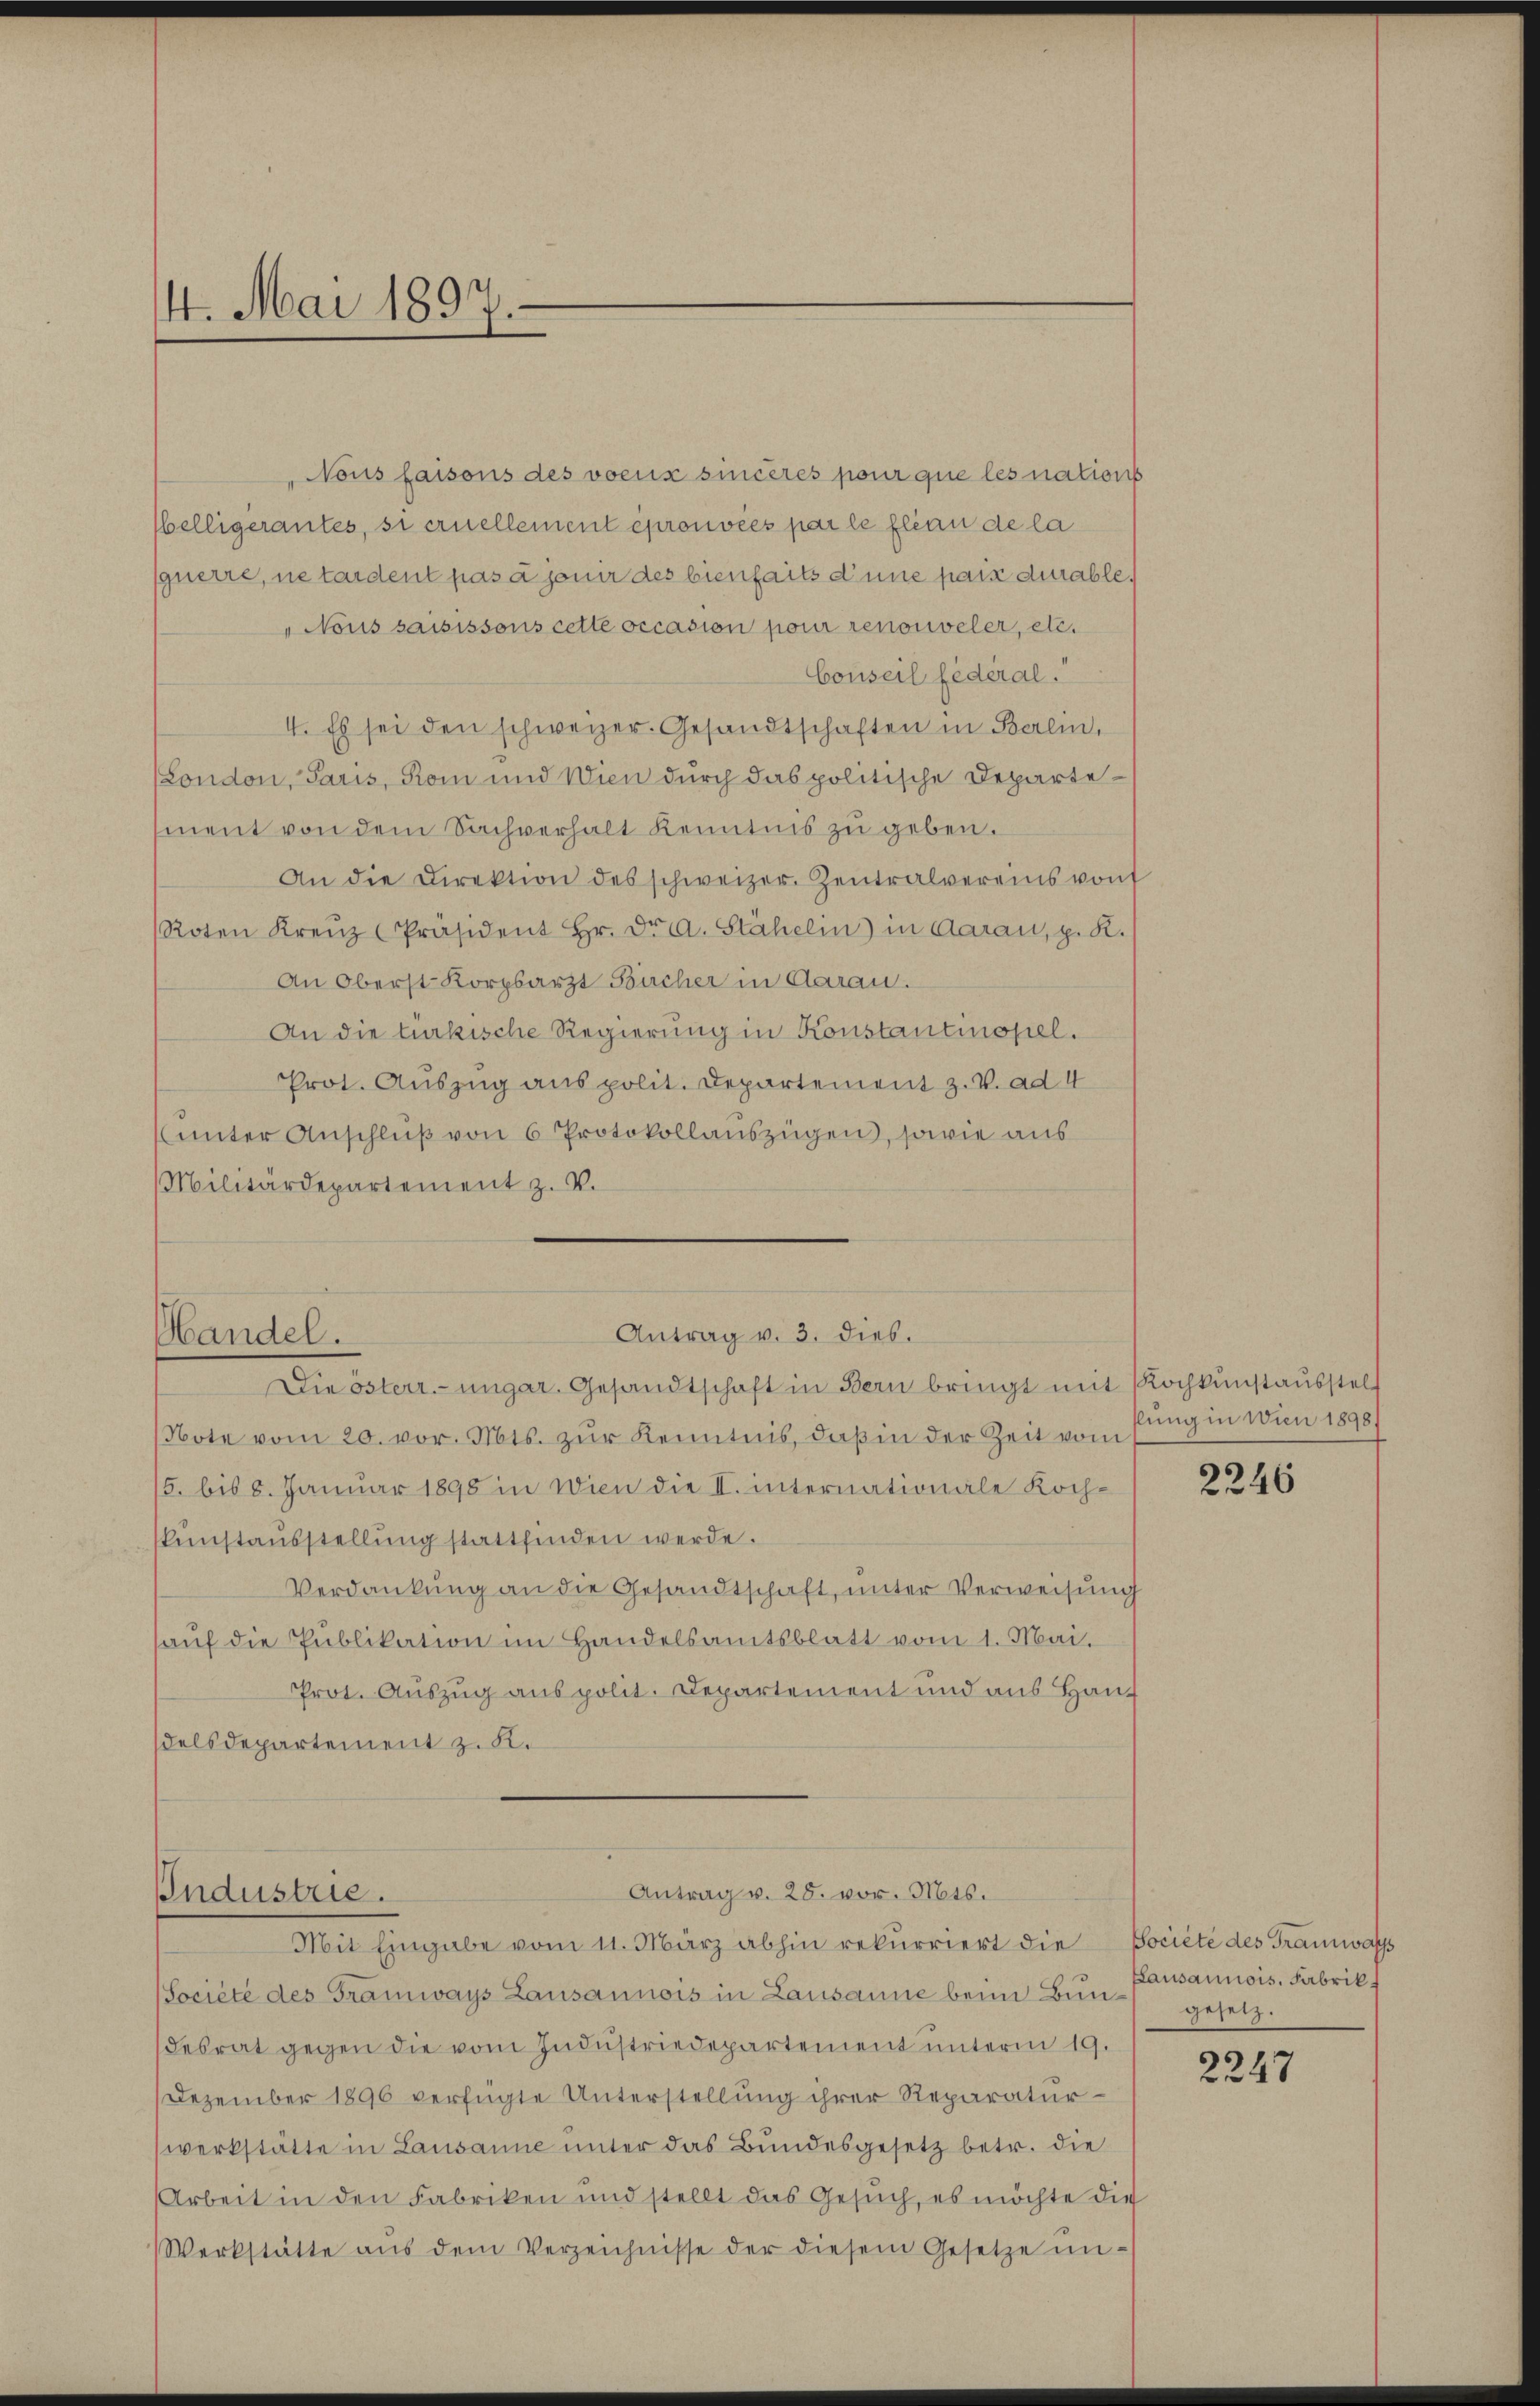
4. Mai 1897.

Nous faisons des voeux sincères pour que les nations
belligerantes, si ernellement éprouvées par le fleau de la
querre, ne tardent pas à jouir des bienfaits d’une paix durable,
„Nous saisissous cette occasion pour renouveler, etc.
Conseil fédéral.
4. Es sei den schweizer. Gesandtschaften in Berlin,
London, Paris, Rom und Wien durch das politische Departement von dem Sachverhalt Kenntnis zu geben.
An die Direktion des schweizer. Zentralvereins von
Roten Kreŭz Präsident Hr. Dr. d. Stähelin) in Aarau, p. K.
An Oberst Korpsarzt Bücher in Aarau.
An die türkische Regierung in Konstantinopel.
Prot. Auszug aus polit. Departement z. V. ad 4
unter Anschluß von 6 Protokollauszügen, sowie aus
Militärdepartement z. V.
Antrag v. 3. dies.
Handel.
Die österr.-ungar. Gesandtschaft in Bern bringt mit Kochkunstausstell
Note vom 20. vor. Mts. zur Kenntnis, daß in der Zeit vom
5. bis 8. Januar 1898 in Wien die II. internationale Koch-
kŭnstaŭsstellŭng stattfinden werde.
Verdankung an die Gesandtschaft, unter Verweisung
auf die Publikation im Handelsamtsblatt vom 1. Mai.
Prot. Auszug aus polit. Departement und aus Hanf
delsdepartement z. B.

Antrag v. 25. vor. Mts.
Industrie.
Mit Eingabe vom 11. März abhin rekurriert die Société des Tramwass

(Société des Gramways Lausannois in Lausanne beim Bin gesetz.
desrat gegen die vom Industriedepartement unterm 19.
Dezember 1896 verfügte Unterstellung ihrer Reparatur-
werkstätte in Lausanne unter das Bundesgesetz betr. die
Arbeit in den Fabriken und stellt das Gesuch, es möchte die
Werkstätte aŭs dem Verzeichnisse der diesem Gesetze un-

slung in Wien 1898.

2246

Lausannois. Fabrik

2247